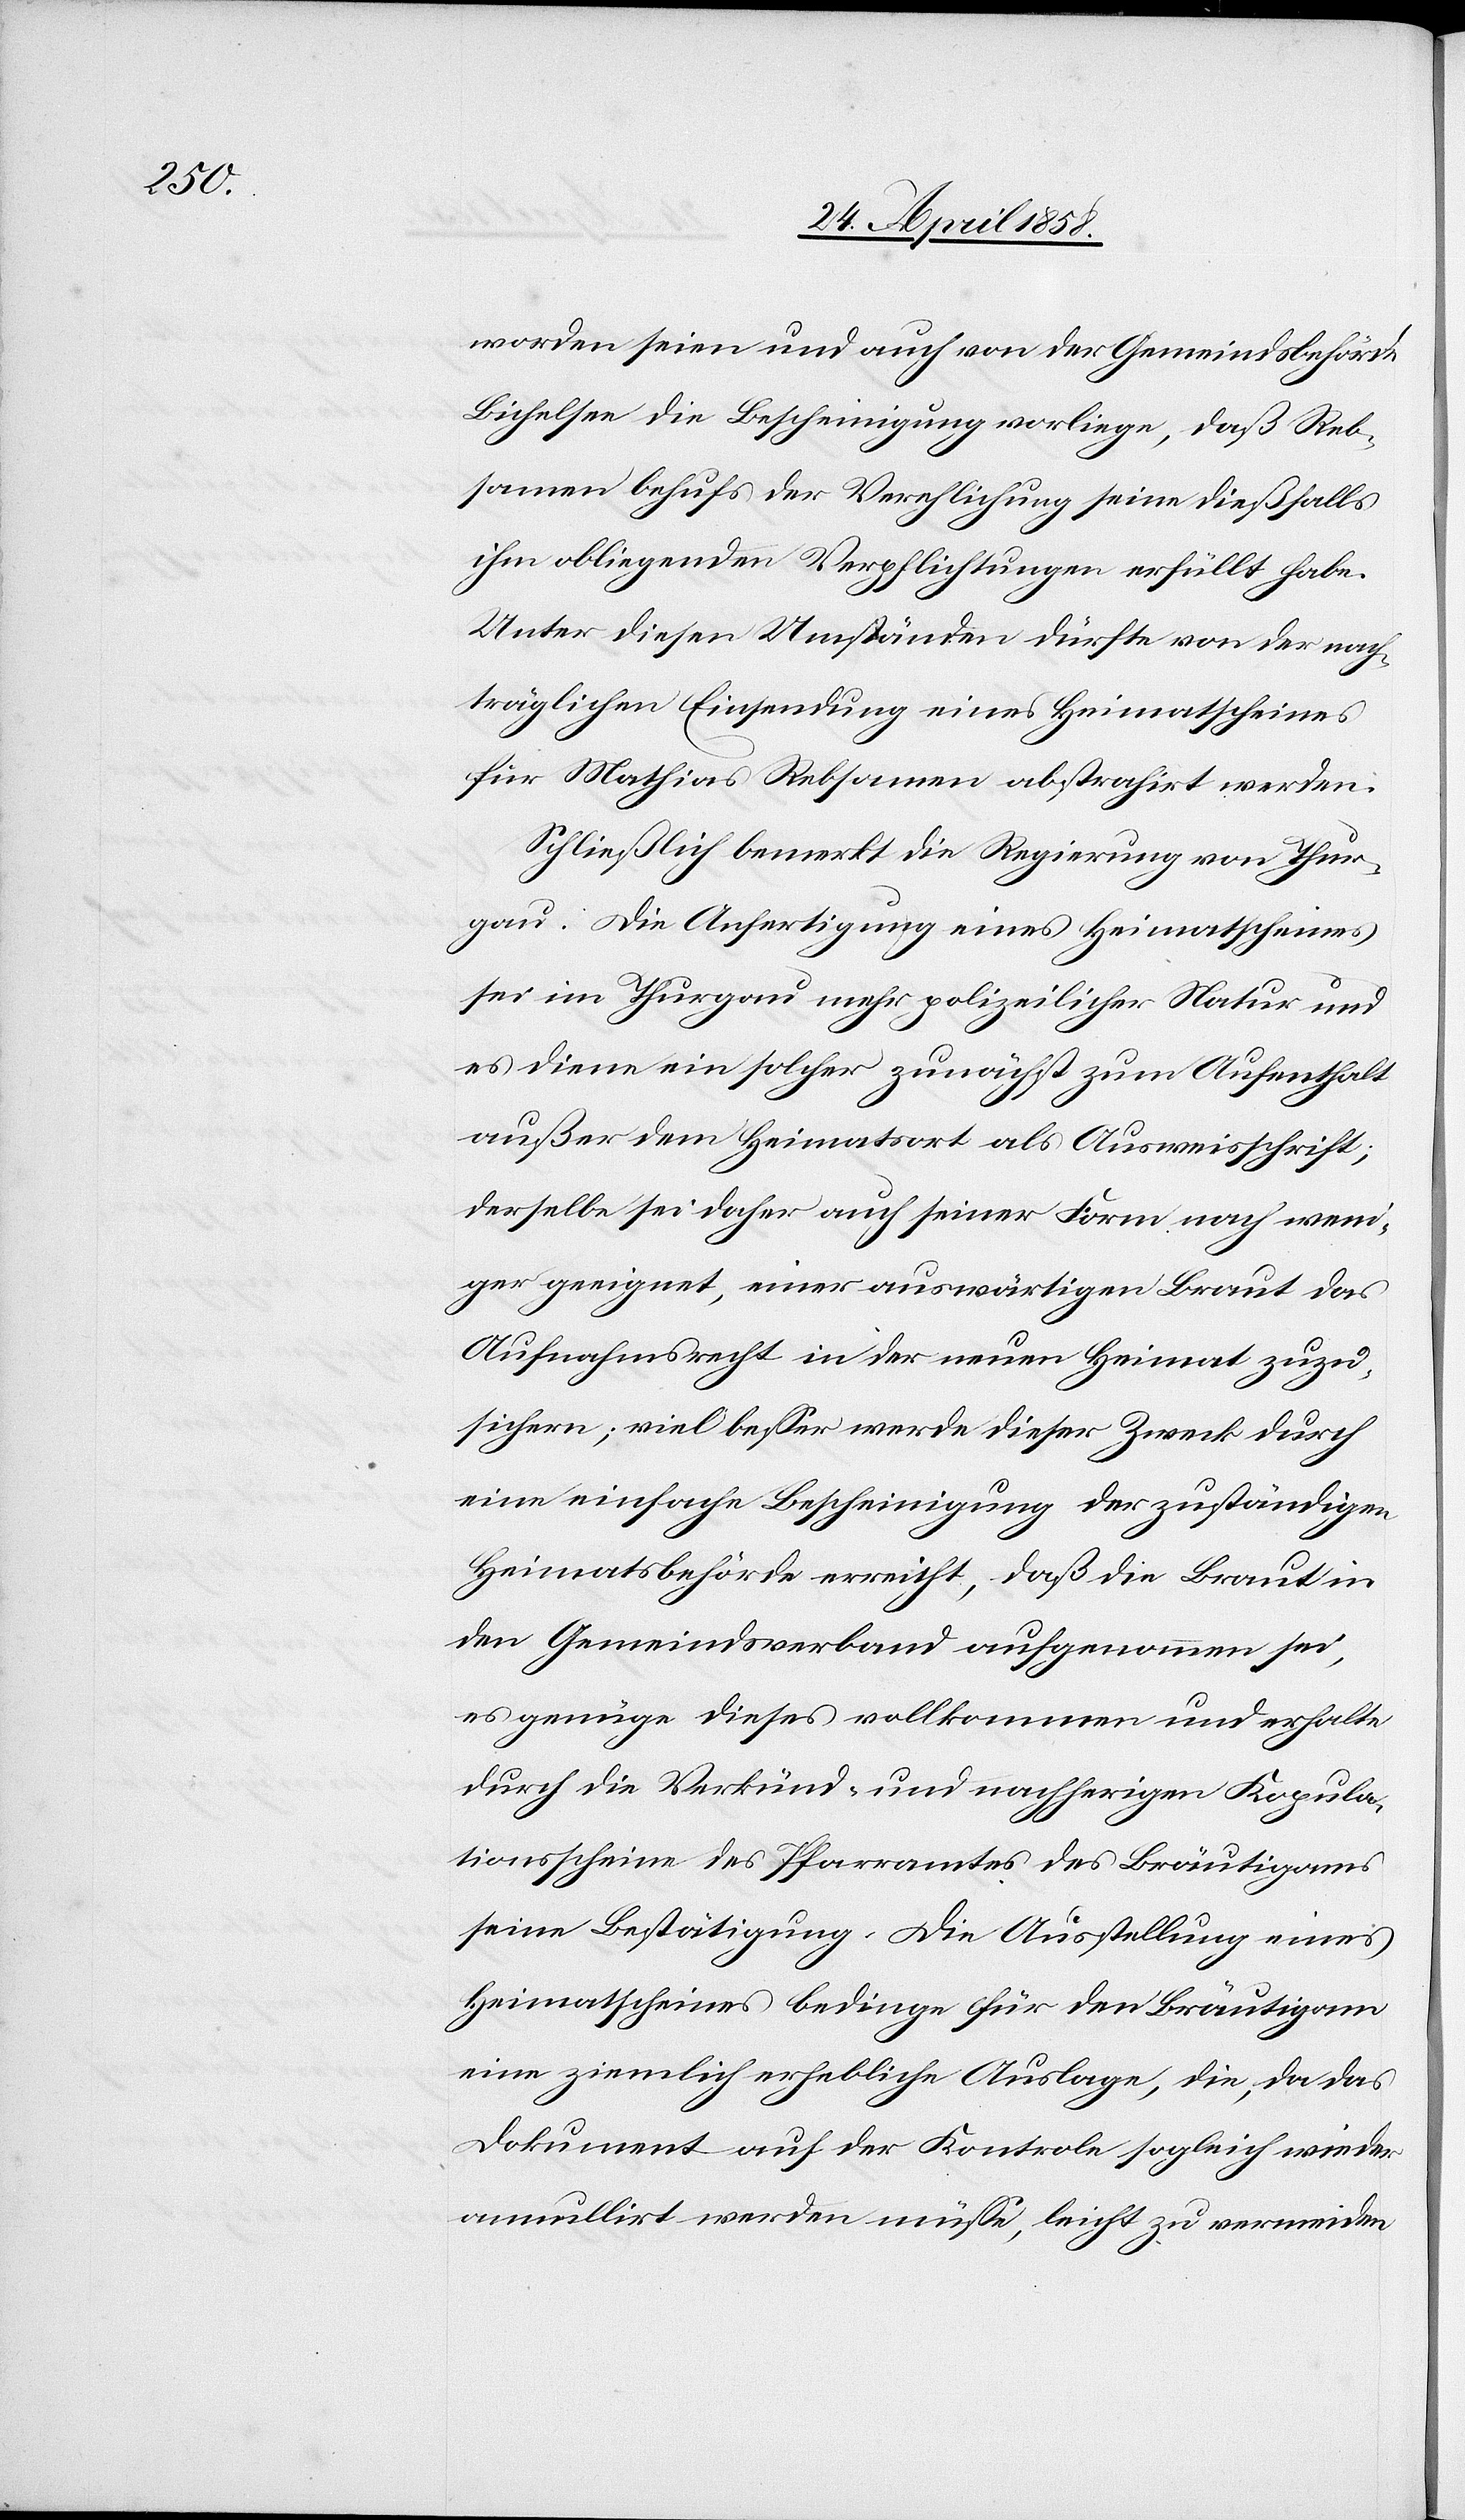
worden seien und auch von der Gemeindsbehörde
Bichelsee die Bescheinigung vorliege, daß Reb¬
samen behufs der Verehlichung seine dießfalls
ihm obliegenden Verpflichtungen erfüllt habe.
Unter diesen Umständen dürfte von der nach¬
träglichen Einsendung eines Heimatscheines
für Mathias Rebsamen abstrahirt werden.
Schließlich bemerkt die Regierung von Thur¬
gau: Die Anfertigung eines Heimatscheines
sei im Thurgau mehr polizeilicher Natur und
es diene ein solcher zunächst zum Aufenthalt
außer dem Heimatsort als Ausweisschrift;
derselbe sei daher auch seiner Form nach weni¬
ger geeignet, einer auswärtigen Braut das
Aufnahmsrecht in der neuen Heimat zuzu¬
sichern; viel besser werde dieser Zweck durch
eine einfache Bescheinigung der zuständigen
Heimatsbehörde erreicht, daß die Braut in
den Gemeindsverband aufgenommen sei,
es genüge dieses vollkommen und erhalte
durch die Verkünd- und nachherigen Kopula¬
tionsscheine des Pfarramtes des Bräutigams
seine Bestätigung. Die Ausstellung eines
Heimatscheines bedinge für den Bräutigam
eine ziemlich erhebliche Auslage, die, da das
Dokument auf der Kontrole sogleich wieder
annullirt werden müsse, leicht zu vermeiden